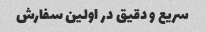
سریع و دقیق در اولین سفارش